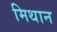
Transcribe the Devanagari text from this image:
मिथान